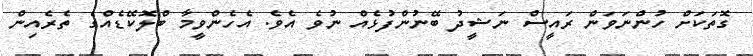
ގޮތަކަށް ހުންނަވަން ރައީސް ނަޝީދު ބޭނުންފުޅެއް ނުވެ އެވެ. އެހެންވީމާ ބްލޮކޭޑެއްގެ ތެރެއިން